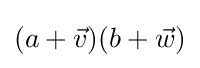
(a+{\vec {v}})(b+{\vec {w}})